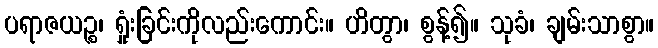
ပရာဇယဉ္စ၊ ရှုံးခြင်းကိုလည်းကောင်း။ ဟိတွာ၊ စွန့်၍။ သုခံ၊ ချမ်းသာစွာ။